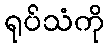
ရုပ်သံကို